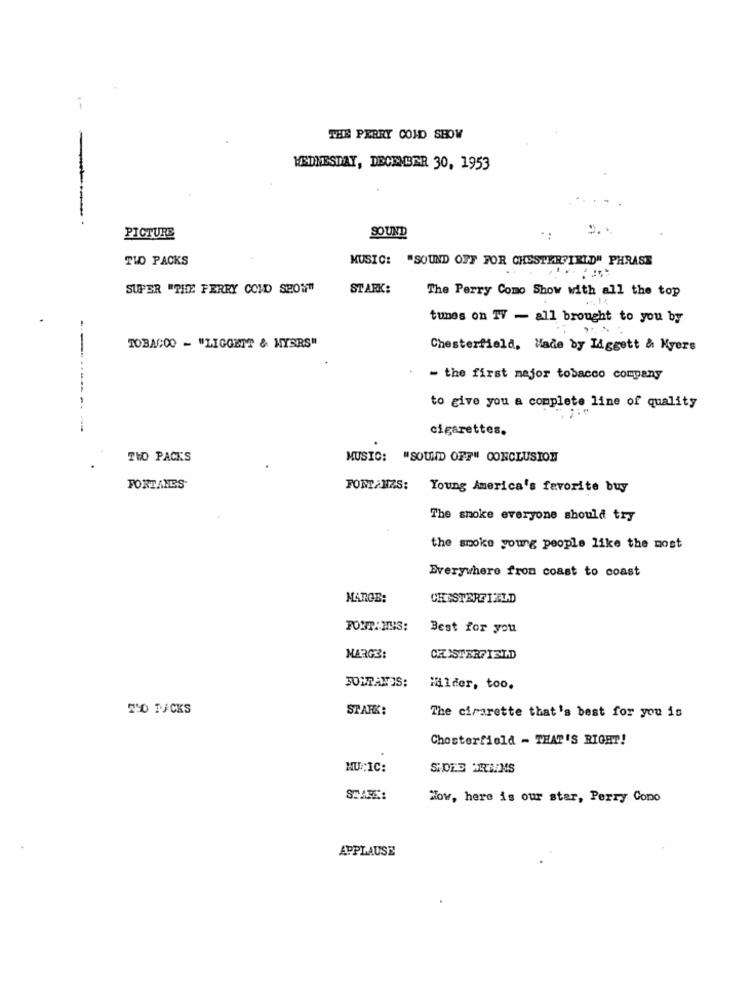
THE PERRY COLD SHOW
WEDNESDAY, DECEMBER 30, 1953
PICTURE
SO UND
..
TWO PACKS
MUSIC:
"SOUND OFF FOR CHESTERFIELD" PHRASE
SUPER "THE FERRY COND SHOW"
STARK:
The Perry Como Show with all the top
tunes on TV - all brought to you by
TOBACCO - "LIGGETT & NYSRS"
Chesterfield, Made by Liggett & Kyers
- the first major tobacco company
---------
to give you a complete line of quality
--
cigarettes.
THO PACKS
MUSIC: "SOUND OFF" CONCLUSION
FORTANES-
FONTAHZS: Young America's favorite buy
The smoke everyone should try
the smoke young people like the most
Everywhere from coast to coast
MARGE:
CHESTERFIELD
FORT: HIN3:
Best for you
MARG3:
CRUMSTARFIELD
JOURANOS:
Milder, too.
250 TACKS
SPARK:
The cirarette that's best for you is
Chesterfield - THAT'S RIGHT!
MUSIC:
STARE:
Now, here is our star, Perry Cono
APPLAUSE